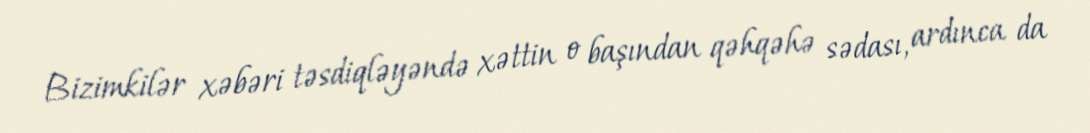
Bizimkilər xəbəri təsdiqləyəndə xəttin o başından qəhqəhə sədası, ardınca da